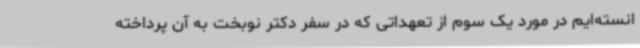
انسته‌ایم در مورد یک سوم از تعهداتی که در سفر دکتر نوبخت به آن پرداخته